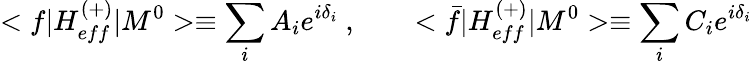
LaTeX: <f|H_{eff}^{(+)}|M^{0}>\equiv\sum_{i}A_{i}e^{i\delta_{i}}\ ,\qquad<\bar{f}|H_{eff}^{(+)}|M^{0}>\equiv\sum_{i}C_{i}e^{i\delta_{i}}